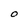
Character: O